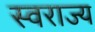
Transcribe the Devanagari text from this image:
स्‍वराज्य